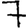
Digit: 7